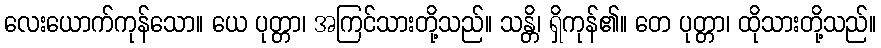
လေးယောက်ကုန်သော။ ယေ ပုတ္တာ၊ အကြင်သားတို့သည်။ သန္တိ၊ ရှိကုန်၏။ တေ ပုတ္တာ၊ ထိုသားတို့သည်။